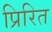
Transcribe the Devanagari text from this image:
प्रिरित